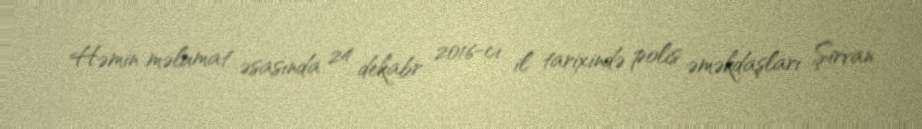
Həmin məlumat əsasında 24 dekabr 2016-cı il tarixində polis əməkdaşları Şirvan